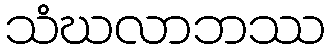
သံဃလာဘဿ